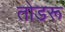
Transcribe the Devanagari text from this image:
तोडरू